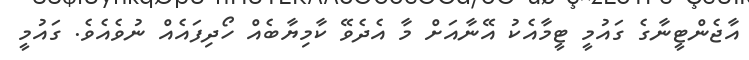
އާޖެންޓީނާގެ ގައުމީ ޓީމާއެކު އޭނާއަށް މާ އެދެވޭ ކާމިޔާބެއް ހޯދިފައެއް ނުވެއެވެ. ގައުމީ